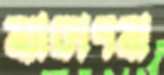
ন্যাকাপনা